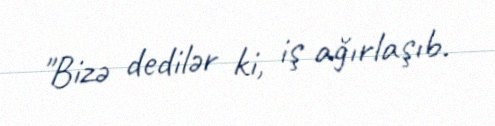
"Bizə dedilər ki, iş ağırlaşıb.